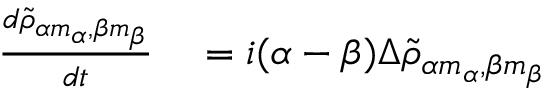
\begin{array} { r l } { \frac { d \tilde { \rho } _ { \alpha m _ { \alpha } , \beta m _ { \beta } } } { d t } } & { { } = i ( \alpha - \beta ) \Delta \tilde { \rho } _ { \alpha m _ { \alpha } , \beta m _ { \beta } } } \end{array}